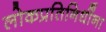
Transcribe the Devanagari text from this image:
लोकप्रतिनिधींना